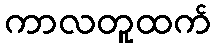
ကာလတူထက်